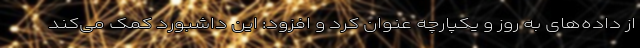
از داده‌های به روز و یکپارچه عنوان کرد و افزود: این داشبورد کمک می‌کند